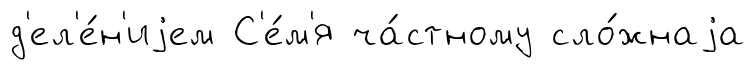
д'ел'е́н'иjем С'е́м'я ча́стному сло́жнаjа